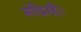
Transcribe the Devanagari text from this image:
मंदिरहै।